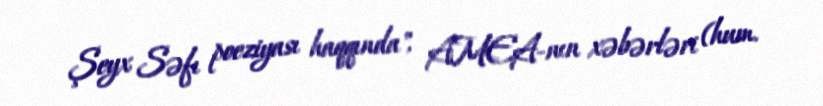
Şeyx Səfı poeziyası haqqında", AMEA-nın xəbərləri (hum.